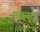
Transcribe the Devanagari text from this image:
फक्क्ड़